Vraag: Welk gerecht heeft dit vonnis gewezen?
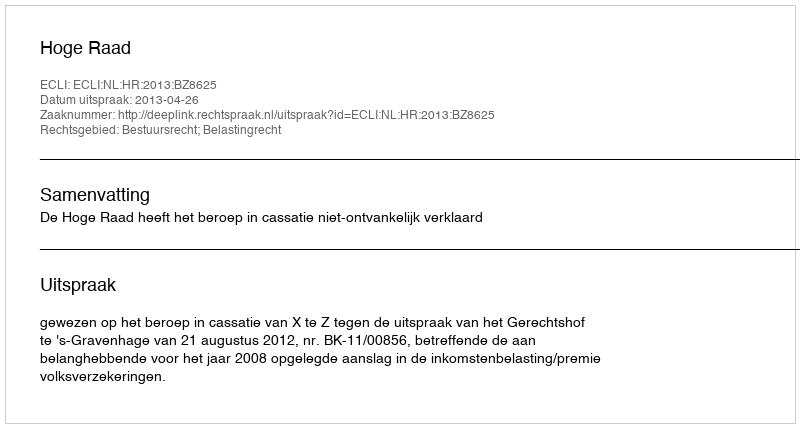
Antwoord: Hoge Raad